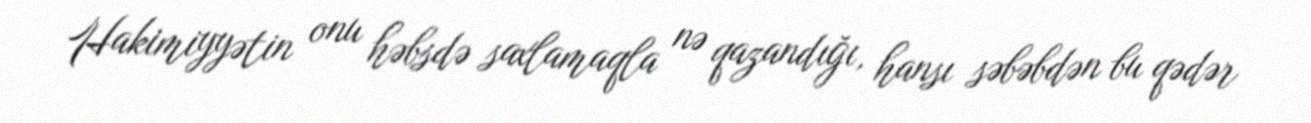
Hakimiyyətin onu həbsdə saxlamaqla nə qazandığı, hansı səbəbdən bu qədər